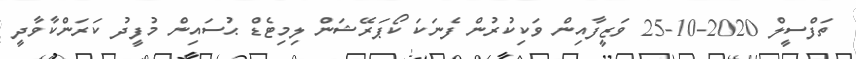
ތަފްސީލް 2020-10-25 ވަޒީފާއިން ވަކިކުރުން ފެނަކަ ކޯޕަރޭޝަން ލިމިޓެޑް ޙުސައިން މުފީދު ކަރަންކާވާދީ